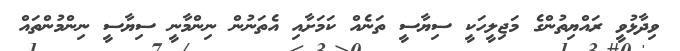
ވިދާޅުވީ ރައްޔިތުންގެ މަޖިލީހަކީ ސިޔާސީ ތަނެއް ކަމަށާއި އެތަނުން ނިންމާނީ ސިޔާސީ ނިންމުންތައް